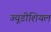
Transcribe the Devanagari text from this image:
ज्यूडीशियल